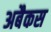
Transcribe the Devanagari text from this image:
अबैकस